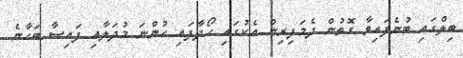
ބިލްގައި ބުނެފައިވާ ގޮތުން ދެމަފިރިން އެކުގައި ހޯދާފައި ހުންނަ މުދަލާއި ފައިސާ ބަހާނެ